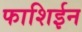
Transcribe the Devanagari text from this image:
फाशिईन